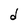
Character: d